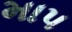
માપ